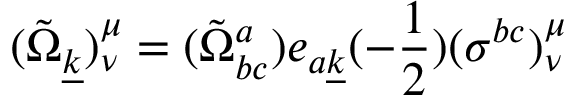
( { \tilde { \Omega } } _ { \underline { { { k } } } } ) _ { \nu } ^ { \mu } = ( { \tilde { \Omega } } _ { b c } ^ { a } ) e _ { a \underline { { { k } } } } ( - { \frac { 1 } { 2 } } ) ( \sigma ^ { b c } ) _ { \nu } ^ { \mu }